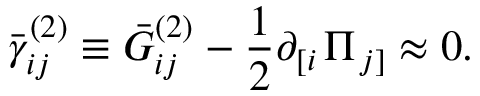
\bar { \gamma } _ { i j } ^ { ( 2 ) } \equiv \bar { G } _ { i j } ^ { ( 2 ) } - \frac 1 2 \partial _ { \left[ i \right. } \Pi _ { \left. j \right] } \approx 0 .